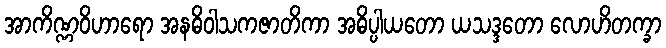
အာကိဏ္ဏဝိဟာရော အနဓိဝါသကဇာတိကာ အဓိပ္ပါယတော ယသဒ္ဒတော လောဟိတက္ခာ